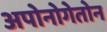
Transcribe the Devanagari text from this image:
अपोनोगेतोन